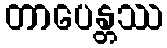
တာပေန္တဿ